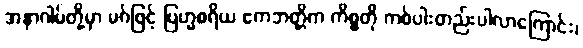
အနာဂါမ်တို့မှာ မဂ်ဖြင့် ဗြဟ္မစရိယ ဧကဘတ္တိက ကိစ္စတို ကစ်ပါးတည်းပါလာကြောင်း၊